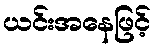
ယင်းအနေဖြင့်